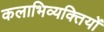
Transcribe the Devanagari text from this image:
कलाभिव्यक्तियों